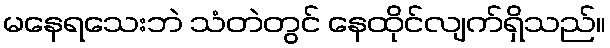
မနေရသေးဘဲ သံတဲတွင် နေထိုင်လျက်ရှိသည်။